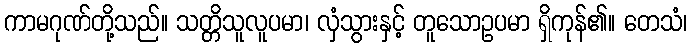
ကာမဂုဏ်တို့သည်။ သတ္တိသူလူပမာ၊ လှံသွားနှင့် တူသောဥပမာ ရှိကုန်၏။ တေသံ၊